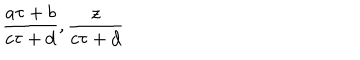
{ \frac { a \tau + b } { c \tau + d } } , { \frac { z } { c \tau + d } }